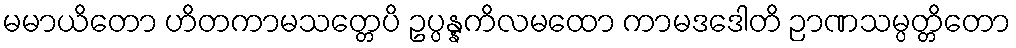
မမာယိတော ဟိတကာမသတ္တေပိ ဥပ္ပန္နကိလမထော ကာမဒဒေါတိ ဉာဏသမ္ပတ္တိတော